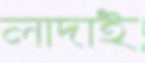
লাদাই